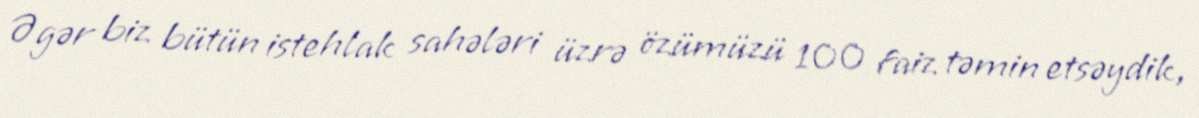
Əgər biz bütün istehlak sahələri üzrə özümüzü 100 faiz təmin etsəydik,